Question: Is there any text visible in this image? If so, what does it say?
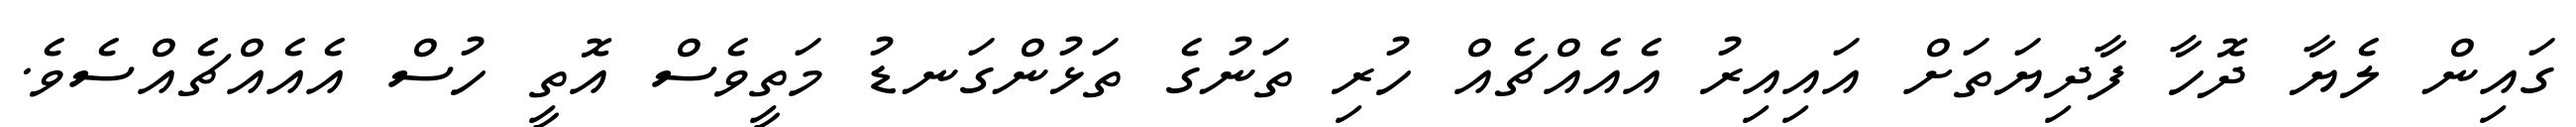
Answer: ގައިން ލެޔާ ދޮހާ ފާދިޔަތަށް އައިއިރު އެއެއްޗެއް ހުރި ތަނުގެ ތަޅުންގަނޑު މަތީވެސް އޮތީ ހުސް އެއެއްޗެއްސެވެ.